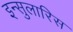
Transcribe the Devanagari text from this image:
इन्सुलारिस